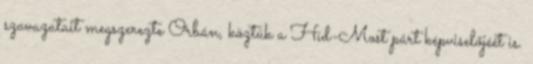
szavazatait megszerezte Orbán, köztük a Híd-Most párt képviselőjéét is.